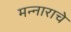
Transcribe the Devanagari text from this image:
मन्नाराचे